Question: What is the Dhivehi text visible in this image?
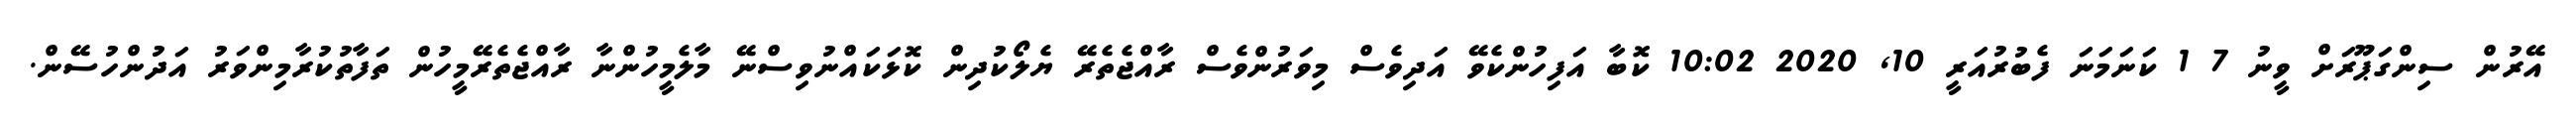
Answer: އޭރުން ސިންގަޕޫރަށް ވީނު 7 1 ކަނަމަނަ ފެބުރުއަރީ 10, 2020 10:02 ކޮބާ އަފިހުންކެވޭ އަދިވެސް މިވަރުންވެސް ރާއްޖެތެރޭ ޔެލޯކުދިން ކޮޅަކައްނުވިސްނޭ މާލެމީހުންނާ ރާއްޖެތެރޭމީހުން ތަފާތުކުރާމިންވަރު އަދުންހުސޭން.